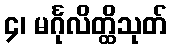
၄၊ မင်္ဂုလိတ္ထိသုတ်